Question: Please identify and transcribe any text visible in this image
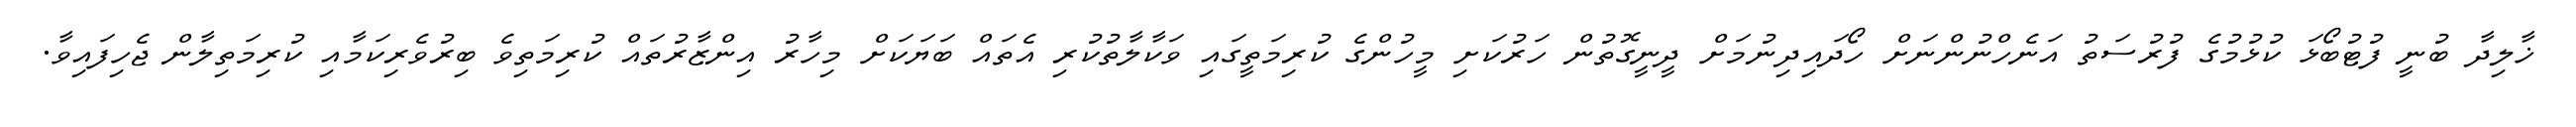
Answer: ޚާލިދާ ބުނީ ފުޓުބޯޅަ ކުޅުމުގެ ފުރުސަތު އަނެހްނުންނަށް ހޯދައިދިނުމަށް ދީނީގޮތުން ހަރުކަށި މީހުންގެ ކުރިމަތީގައި ވަކާލާތުކުރި އެތައް ބަޔަކަށް މިހާރު އިންޒާރުތައް ކުރިމަތިވެ ބިރުވެރިކަމާއި ކުރިމަތިލާން ޖެހިފައިވާ.